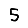
Digit: 5